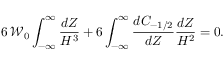
6 \, \mathcal { W } _ { 0 } \int _ { - \infty } ^ { \infty } \frac { d Z } { H ^ { 3 } } + 6 \int _ { - \infty } ^ { \infty } \frac { d C _ { - 1 / 2 } } { d Z } \frac { d Z } { H ^ { 2 } } = 0 .